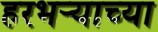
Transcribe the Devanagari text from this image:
हरभर्‍याच्या